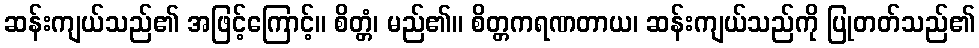
ဆန်းကျယ်သည်၏ အဖြင့်ကြောင့်။ စိတ္တံ၊ မည်၏။ စိတ္တကရဏတာယ၊ ဆန်းကျယ်သည်ကို ပြုတတ်သည်၏